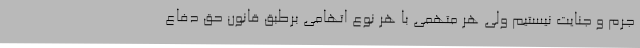
جرم و جنایت نیستیم ولی هر متهمی با هر نوع اتهامی برطبق قانون حق دفاع